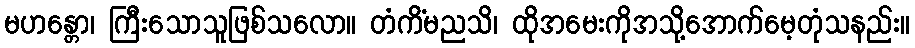
မဟန္တော၊ ကြီးသောသူဖြစ်သလော။ တံကိံမညသိ၊ ထိုအမေးကိုအသို့အောက်မေ့တုံသနည်း။